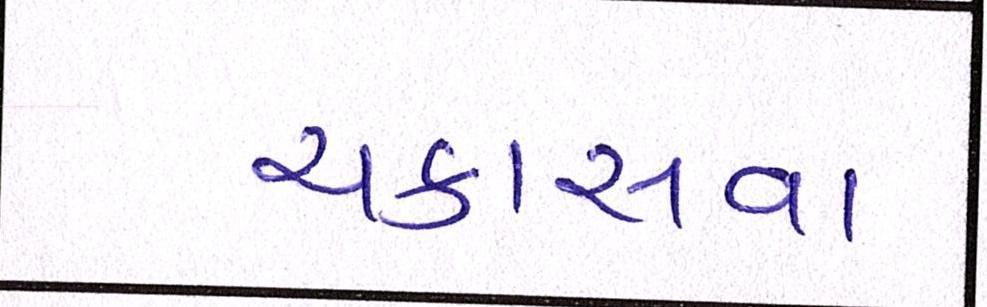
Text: ચકાસવા